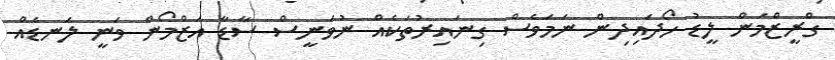
ގްރީޒްމަން ލީޑު ހޯދައިދިން ނަމަވެސް ގިނައިރުތަކެއް ނުވަނީސް ސާޑާ އަޒްމޯން ވަނީ ލަނޑެއް